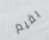
يقيم